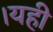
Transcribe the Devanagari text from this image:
।यही